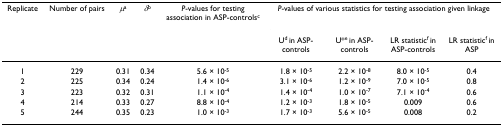
<table><thead><tr><td><b>Replicate</b></td><td><b>Number of pairs</b></td><td><b><i>μ</i><sup>a</sup></b></td><td><b><i>δ</i><sup>b</sup></b></td><td><b><i>P</i>-values for testing association in ASP-controls<sup>c</sup></b></td><td colspan="4"><b><i>P</i>-values of various statistics for testing association given linkage</b></td></tr><tr><td></td><td></td><td></td><td></td><td></td><td><b>U<sup>d </sup>in ASP-controls</b></td><td><b>U*<sup>e </sup>in ASP-controls</b></td><td><b>LR statistic<sup>f </sup>in ASP-controls</b></td><td><b>LR statistic<sup>f </sup>in ASP</b></td></tr></thead><tbody><tr><td>1</td><td>229</td><td>0.31</td><td>0.34</td><td>5.6 × 10<sup>-5</sup></td><td>1.8 × 10<sup>-5</sup></td><td>2.2 × 10<sup>-8</sup></td><td>8.0 × 10<sup>-5</sup></td><td>0.4</td></tr><tr><td>2</td><td>225</td><td>0.34</td><td>0.24</td><td>1.4 × 10<sup>-6</sup></td><td>3.1 × 10<sup>-6</sup></td><td>1.2 × 10<sup>-9</sup></td><td>7.0 × 10<sup>-5</sup></td><td>0.8</td></tr><tr><td>3</td><td>223</td><td>0.32</td><td>0.31</td><td>1.1 × 10<sup>-4</sup></td><td>1.4 × 10<sup>-4</sup></td><td>1.0 × 10<sup>-7</sup></td><td>7.1 × 10<sup>-4</sup></td><td>0.6</td></tr><tr><td>4</td><td>214</td><td>0.33</td><td>0.27</td><td>8.8 × 10<sup>-4</sup></td><td>1.2 × 10<sup>-3</sup></td><td>1.8 × 10<sup>-5</sup></td><td>0.009</td><td>0.6</td></tr><tr><td>5</td><td>244</td><td>0.35</td><td>0.23</td><td>1.0 × 10<sup>-3</sup></td><td>1.7 × 10<sup>-3</sup></td><td>5.6 × 10<sup>-5</sup></td><td>0.008</td><td>0.2</td></tr></tbody></table>